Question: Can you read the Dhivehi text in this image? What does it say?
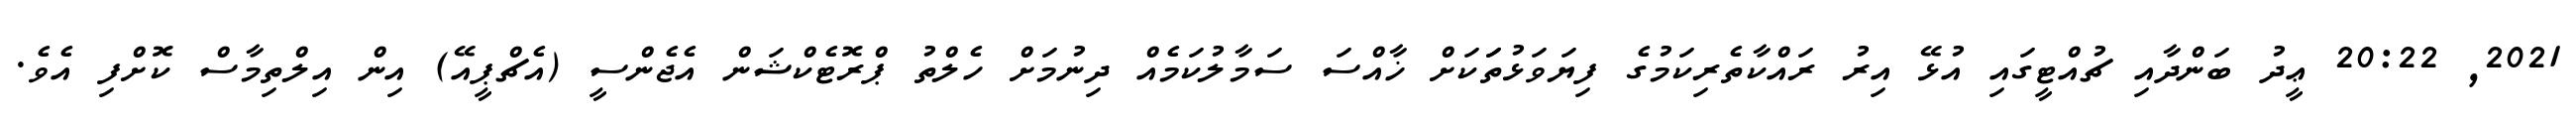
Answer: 2021, 20:22 ޢީދު ބަންދާއި ޗުއްޓީގައި އުޅޭ އިރު ރައްކާތެރިކަމުގެ ފިޔަވަޅުތަަކަށް ޚާއްސަ ސަމާލުކަމެއް ދިނުމަށް ހެލްތު ޕްރޮޓެކްޝަން އެޖެންސީ (އެޗްޕީއޭ) އިން އިލްތިމާސް ކޮށްފި އެވެ.